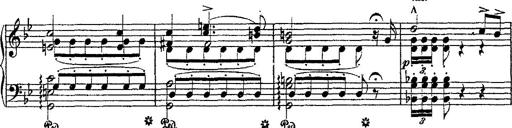
Title: Fantaisie romantique sur deux mÃ©lodies suisses
Composer: Franz Liszt